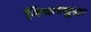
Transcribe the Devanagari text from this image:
नियमसुद्धा